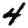
Digit: 4